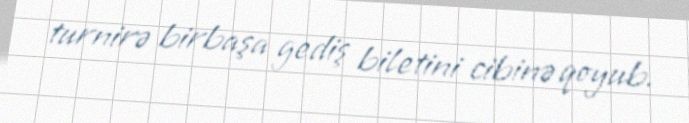
turnirə birbaşa gediş biletini cibinə qoyub.